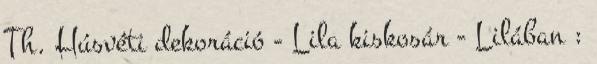
Th. Húsvéti dekoráció - Lila kiskosár - Lilában :